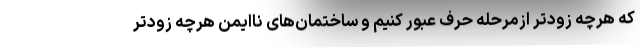
که هرچه زودتر ازمرحله حرف عبور کنیم و ساختمان‌های ناایمن هرچه زودتر